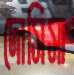
দোসিসা